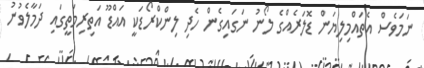
ނަމަވެސް އެތައްމިލިޔަން ޑޮލަރެއްގެ ލޯނު ނަގައިގެން ހެދި ލިންކްރޯޑަކީ އައްޑޫ އަތިރިމަތީގައި ދަމާލެވުނު